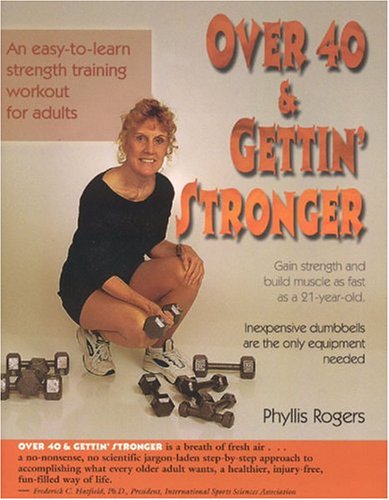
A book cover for Over 40 & Gettin' Stronger: An easy-to-learn strength training workout for adults; Phyllis Rogers; Health, Fitness & Dieting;